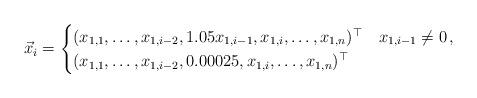
LaTeX: \begin{align*}\vec{x}_i = \begin{cases}(x_{1,1}, \dots, x_{1,i-2}, 1.05x_{1,i-1}, x_{1,i}, \dots, x_{1,n})^\top & x_{1,i-1} \neq 0\,,\\(x_{1,1}, \dots, x_{1,i-2}, 0.00025, x_{1,i}, \dots, x_{1,n})^\top & \\\end{cases}\end{align*}